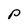
Character: p